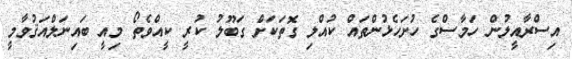
އިސްރާއީލުން ހަމާސްގެ ހުށަހެޅުންތައް ކުއްލި ގޮތަކަށް ގަބޫލު ކުރީ ކީއްވެތޯ މިއީ ބައިނަލްއަޤުވާމީ